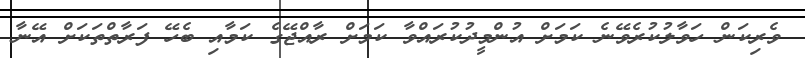
ވެރިކަން ހަވާލުކުރެވޭނެ ކަމަށް އުންމީދުކުރައްވާ ކަމަށް ރާއްޖޭގެ ކަމާއި ބެހޭ ފަރާތްތަކަށް އޭނާ